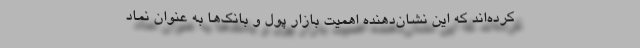
کرده‌اند که این نشان‌دهنده اهمیت بازار پول و بانک‌ها به عنوان نماد